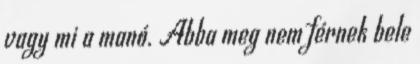
vagy mi a manó. Abba meg nem férnek bele